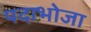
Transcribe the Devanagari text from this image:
पदाभोजा